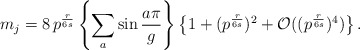
\begin{align*}m_j =8\, p^{\frac{r}{6s}}\left\{\sum_a \sin \frac{a\pi}{g}\right\}\left\{ 1+(p^{\frac{r}{6s}})^2+{\mathcal O}((p^{\frac{r}{6s}})^4)\right\}.\end{align*}